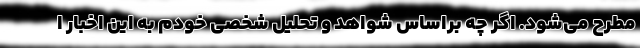
مطرح می‌شود. اگر چه براساس شواهد و تحلیل شخصی خودم به این اخبار ا